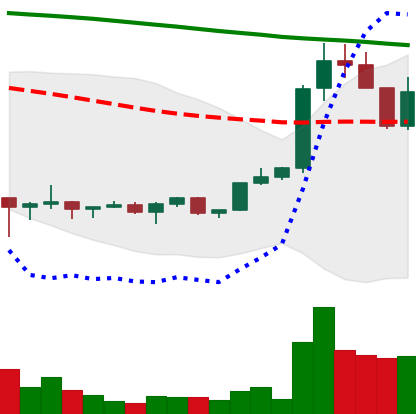
Ticker: XRP-USD
Chart end date: 2022-02-12
Forward return: -6.716%
Label: down_5_7